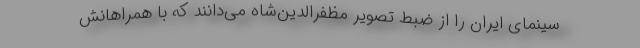
سینمای ایران را از ضبط تصویر مظفرالدین‌شاه می‌دانند که با همراهانش